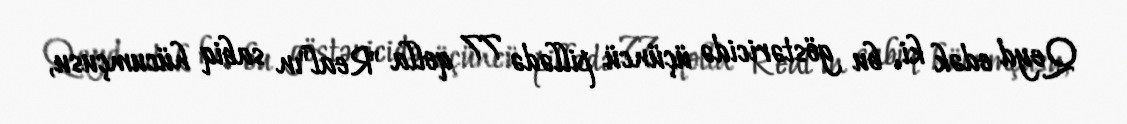
Qeyd edək ki, bu göstəricidə üçüncü pillədə 77 qolla "Real"ın sabiq hücumçusu,